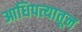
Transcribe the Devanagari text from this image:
आधिपत्यातून